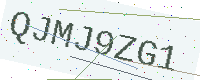
Text: QJMJ9ZG1